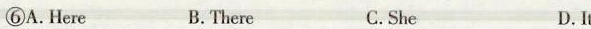
⑥A.Here B.There C.She D.It